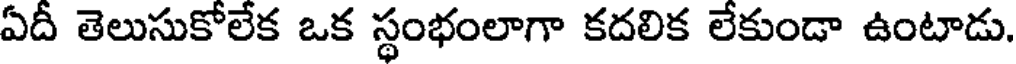
ఏదీ తెలుసుకోలేక ఒక స్థంభంలాగా కదలిక లేకుండా ఉంటాడు.